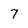
Character: 7